Plague in India, 1896, 1897 - Volume 1
Year: 1896
Disease focus: Plague
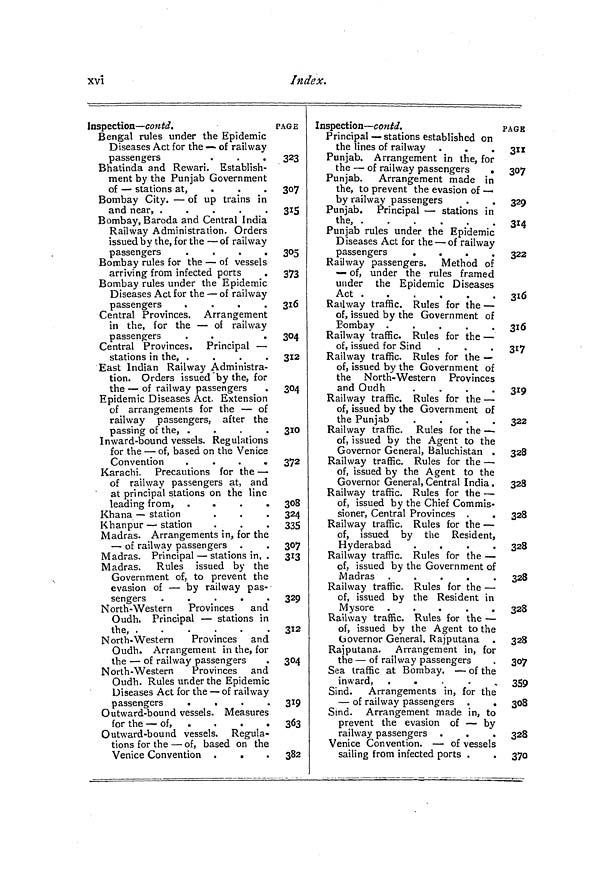
xvî
Index.
Inspection — contd.
Bengal rules under the Epidemic
Diseases Act for the — of railway
passengers
.
.
.
Bhatinda and Rewari. Establish-
ment by the Punjab Government
of — stations at,
...
Bombay City. — of up trains in
and near, .
.
.
.
.
Bombay, Baroda and Central India
Railway Administration. Orders
issued by the, for the — of railway
passengers
.
.
.
.
Bombay rules for the — of vessels
arriving from infected ports
Bombay rules under the Epidemic
Diseases Act for the — of railway
passengers
.
.
.
.
Central Provinces. Arrangement
in the, for the — of railway
passengers
Central Provinces. Principal —
stations in the, .
.
.
.
East Indian Railway Administra-
tion. Orders issued by the, for
the — of railway passengers
Epidemic Diseases Act. Extension
of arrangements for the — of
railway passengers, after the
passing of the, .
.
.
.
Inward-bound vessels. Regulations
for the — of, based on the Venice
Convention
.
.
.
.
Karachi. Precautions for the —
of railway passengers at, and
at principal stations on the line
leading from, .
.
.
.
Khana — station
Khanpur — station
Madras. Arrangements in, for the
— of railway passengers .
Madras. Principal — stations in, .
Madras. Rules issued by the
Government of, to prevent the
evasion of — by railway pas-
sengers .
.
.
North-Western
Provinces
and
Oudh. Principal — stations in
the,
North-Western
Provinces and
Oudh. Arrangement in the, for
the — of railway passengers
North-Western
Provinces and
Oudh. Rules under the Epidemic
Diseases Act for the — of railway
passengers
.
Outward-bound vessels. Measures
for the — of , .
.
.
.
Outward-bound vessels. Regula-
tions for the — of, based on the
Venice Convention .
.
PAGE
323
307
315
305
373
316
304
312
304
310
372
308
324
335
307
313
329
312
304
3!9
363
382
Inspection — con td.
Principal — stations established on
the lines of railway
Punjab. Arrangement in the, for
the — of railway passengers
.
Punjab. Arrangement made in
the, to prevent the evasion of —
by railway passengers
Punjab. Principal — stations in
the,
Punjab rules under the Epidemic
Diseases Act for the — of railway
passengers
.
.
.
.
Railway passengers. Method of
— of, under the rules framed
under the Epidemic Diseases
Act
Railway traffic. Rules for the —
of, issued by the Government of
Bombay .
.
.
.
.
Railway traffic. Rules for the —
of» issued for Sind
Railway traffic. Rules for the —
of, issued by the Government of
the North-Western Provinces
and Oudh
.
.
.
.
Railway traffic. Rules for the —
of, issued by the Government of
the Punjab
.
.
.
.
Railway traffic. Rules for the —
of, issued by the Agent to the
Governor General, Baluchistan .
Railway traffic. Rules for the —
of, issued by the Agent to the
Governor General, Central India.
Railway traffic. Rules for the —
of, issued by the Chief Commis-
sioner, Central Provinces .
.
Railway traffic. Rules for the —
of, issued by the Resident,
Hyderabad
.
.
.
.
Railway traffic. Rules for the —
of, issued by the Government of
Madras
Railway traffic. Rules for the —
of, issued by the Resident in
Mysore .
.
.
.
.
Railway traffic. Rules for the —
of, issued by the Agent to the
Governor General, Rajputana
Rajputana. Arrangement in, for
the — of railway passengers
Sea traffic at Bombay. — of the
inward, .
.
Sind. Arrangements in, for the
— of railway passengers .
.
Sind. Arrangement made in, to
prevent the evasion of — by
railway passengers .
.
Venice Convention. — of vessels
sailing from infected ports .
PAGE
311
307
329
314
322
316
316
317
319
322
328
328
328
328
328
328
328
SO?
359
308
328
370